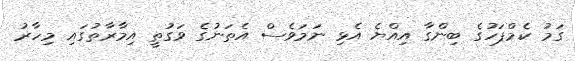
ގަމު ކެމްޕަހުގެ ބިންގާ އިއްޔެ އެޅި ނަމަވެސް އެތަނުގެ ވަގުތީ އިމާރާތުގައި މިހާރު